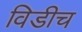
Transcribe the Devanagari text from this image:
विडीच